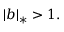
| b | _ { * } > 1 .